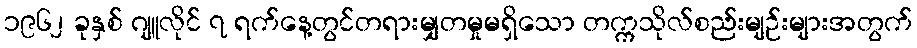
၁၉၆၂ ခုနှစ် ဂျူလိုင် ၇ ရက်နေ့တွင်တရားမျှတမှုမရှိသော တက္ကသိုလ်စည်းမျဉ်းများအတွက်